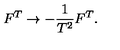
F ^ { T } \rightarrow - { \frac { 1 } { T ^ { 2 } } } F ^ { T } .